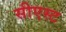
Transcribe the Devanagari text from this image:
सीएस्ट